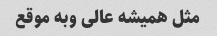
مثل همیشه عالی وبه موقع